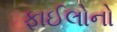
ફાઈલોનો